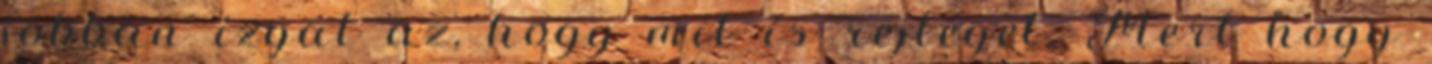
jobban izgat az, hogy mit is rejteget. Mert hogy